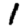
Digit: 1